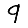
Digit: 9